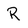
Character: R